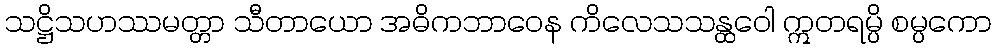
သဋ္ဌိသဟဿမတ္တာ သီတာယော အဓိကဘာဝေန ကိလေသသန္ထဝေါ ဣတရမ္ပိ စမ္ပကော